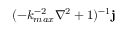
( - k _ { m a x } ^ { - 2 } \nabla ^ { 2 } + 1 ) ^ { - 1 } \mathbf { j }